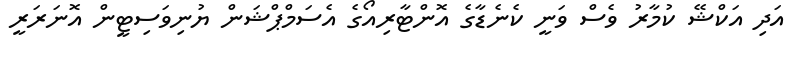
އަދި އަކްޝޭ ކުމާރު ވެސް ވަނީ ކެނެޑާގެ އޮންޓާރިއޯގެ އެސަމްޕްޝަން ޔުނިވަސިޓީން އޮނަރަރީ